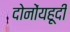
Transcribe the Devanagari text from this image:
दोनोंयहूदी